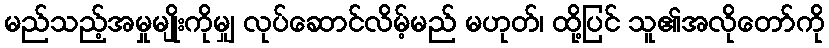
မည်သည့်အမှုမျိုးကိုမျှ လုပ်ဆောင်လိမ့်မည် မဟုတ်၊ ထို့ပြင် သူ၏အလိုတော်ကို